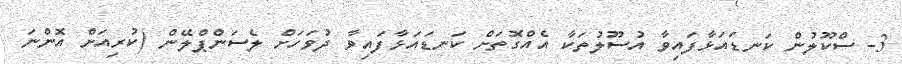
3- ސްކޫލުން ކަނޑައަޅާފައިވާ އުސޫލުތަކާ އެއްގޮތަށް ކަނޑައަޅާފައިވާ ދުވަހަށް ލެސަންޕްލޭން (ކުރިއަށް އޮންނަ